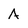
Character: A